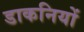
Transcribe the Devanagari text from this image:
डाकनियों